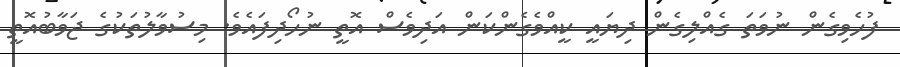
ފުހެވިގެން ނުވަތަ ގެއްލިގެން ދިޔައީ ކީއްވެގެންކަން އަދިވެސް އޮތީ ނުހޯދިފައެވެ. މިސުވާލުތަކުގެ ޖަވާބުއޮތީ